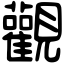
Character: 觀